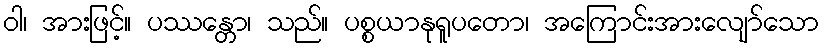
ဝါ၊ အားဖြင့်။ ပဿန္တော၊ သည်။ ပစ္စယာနုရူပတော၊ အကြောင်းအားလျော်သော